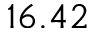
1 6 . 4 2